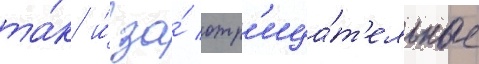
та́к и́ за́ отр'ица́т'ельные